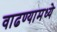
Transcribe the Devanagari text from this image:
वाढण्यामध्ये